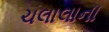
ચલાલાના